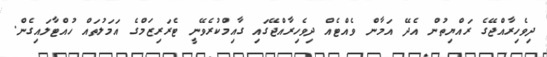
ދިވެހިރާއްޖޭގެ ރައްޔިތުން އެދޭ އަމާން ވެއްޓެއް ދިވެހިރާއްޖޭގައި ގާއިމްކުރެވޭނީ ޓެރަރިޒަމްގެ އަމަލުތައް ހުއްޓާލައިގެން.